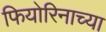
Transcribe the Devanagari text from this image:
फियोरिनाच्या